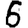
Digit: 6